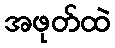
အဖုတ်ထဲ